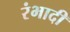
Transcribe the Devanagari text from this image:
रंभादी